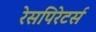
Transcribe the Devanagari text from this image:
रेसपिरेटर्स